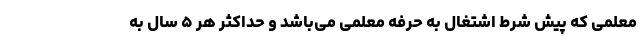
معلمی که پیش شرط اشتغال به حرفه معلمی می‌باشد و حداکثر هر ۵ سال به